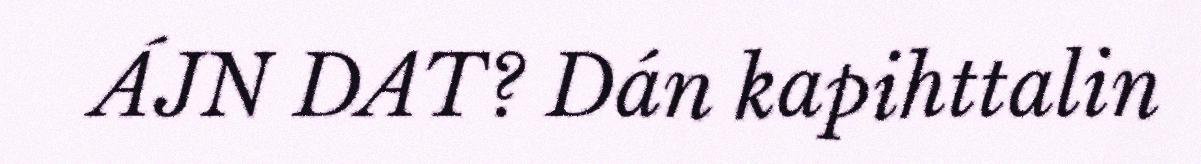
ÁJN DAT? Dán kapihttalin